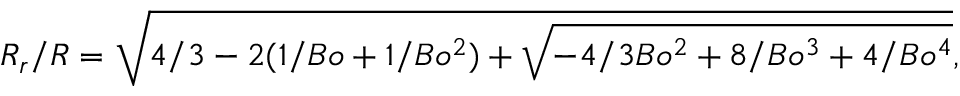
R _ { r } / R = \sqrt { 4 / 3 - 2 ( 1 / B o + 1 / B o ^ { 2 } ) + \sqrt { - 4 / 3 B o ^ { 2 } + 8 / B o ^ { 3 } + 4 / B o ^ { 4 } } } ,